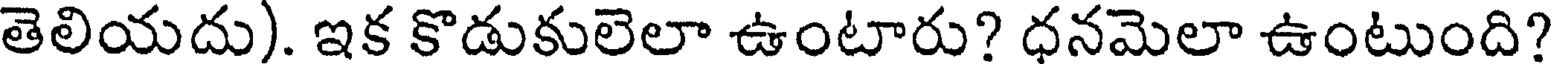
తెలియదు). ఇక కొడుకులెలా ఉంటారు? ధనమెలా ఉంటుంది?